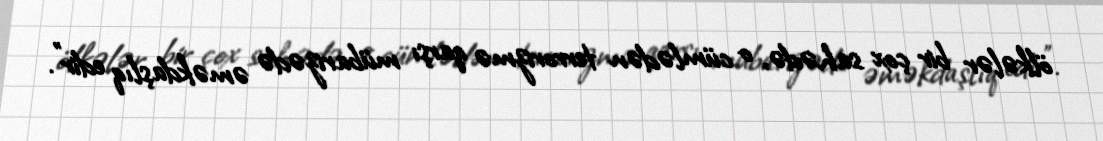
ölkələr bir çox sahədə, o cümlədən terrorizmə qarşı mübarizədə əməkdaşlıq edir”.